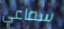
سماعي